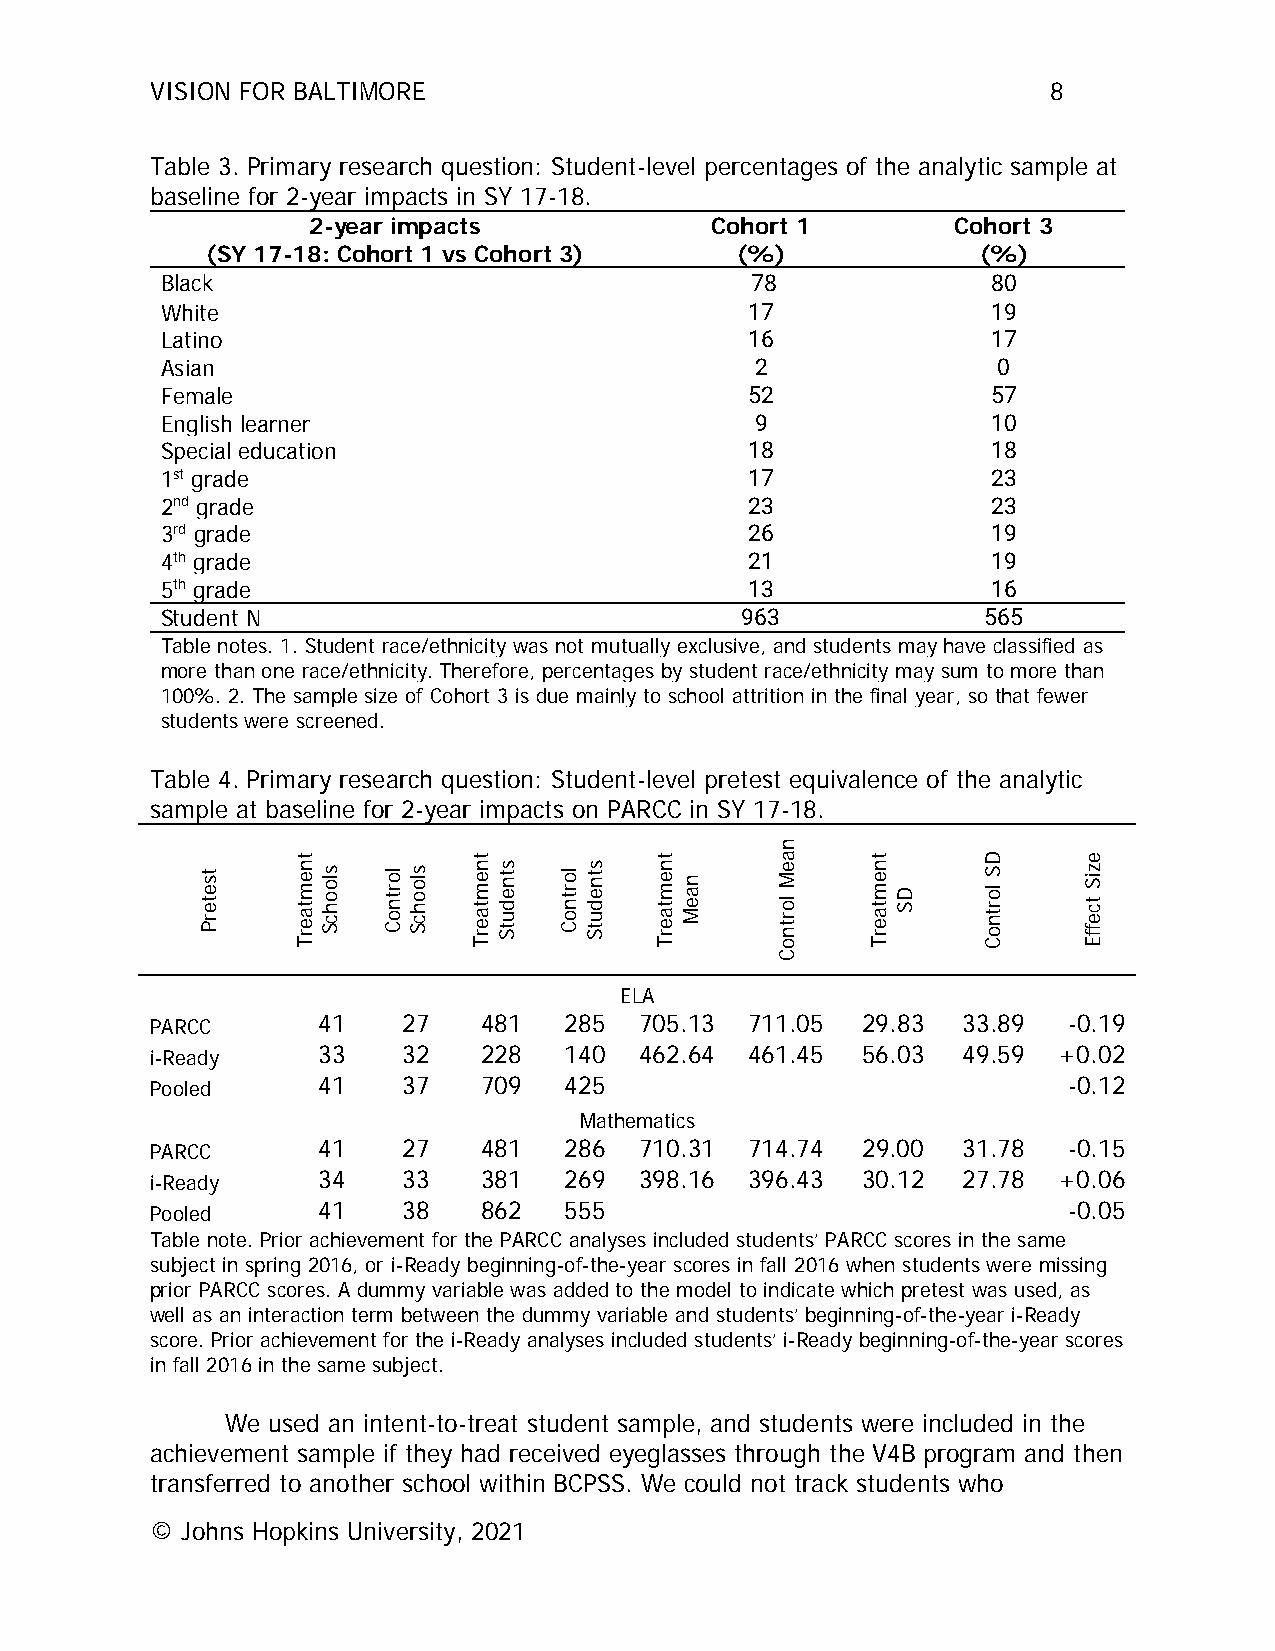
VISION FOR BALTIMORE                                        8
 Table 3. Primary research question: Student-level percentages of the analytic sample at
 baseline for 2-year impacts in SY 17-18.
 2-year impacts             Cohort 1        Cohort 3
 (SY 17-18: Cohort 1 vs Cohort 3)   (%)             (%)
 Black                                  78              80
 White                                  17              19
 Latino                                 16              17
 Asian                                  2               0
 Female                                 52              57
 English learner                        9               10
 Special education                      18              18
 1st grade                              17              23
 2nd grade                              23              23
 3rd grade                              26              19
 4th grade                              21              19
 5th grade                              13              16
 Student N                             963             565
 Table notes. 1. Student race/ethnicity was not mutually exclusive, and students may have classified as
 more than one race/ethnicity. Therefore, percentages by student race/ethnicity may sum to more than
 100%. 2. The sample size of Cohort 3 is due mainly to school attrition in the final year, so that fewer
 students were screened.
 Table 4. Primary research question: Student-level pretest equivalence of the analytic
 sample at baseline for 2-year impacts on PARCC in SY 17-18.
 ELA
 PARCC      41    27   481  285  705.13  711.05 29.83  33.89  -0.19
 i-Ready    33    32   228  140  462.64  461.45 56.03  49.59 +0.02
 Pooled     41    37   709  425                               -0.12
 Mathematics
 PARCC      41    27   481  286  710.31  714.74 29.00  31.78  -0.15
 i-Ready    34    33   381  269  398.16  396.43 30.12  27.78 +0.06
 Pooled     41    38   862  555                               -0.05
 Table note. Prior achievement for the PARCC analyses included students’ PARCC scores in the same
 subject in spring 2016, or i-Ready beginning-of-the-year scores in fall 2016 when students were missing
 prior PARCC scores. A dummy variable was added to the model to indicate which pretest was used, as
 well as an interaction term between the dummy variable and students’ beginning-of-the-year i-Ready
 score. Prior achievement for the i-Ready analyses included students’ i-Ready beginning-of-the-year scores
 in fall 2016 in the same subject.
 We used an intent-to-treat student sample, and students were included in the
 achievement sample if they had received eyeglasses through the V4B program and then
 transferred to another school within BCPSS. We could not track students who
 © Johns Hopkins University, 2021
 tseterP
 tnemtaerT
 sloohcS lortnoC sloohcS
 tnemtaerT
 stnedutS lortnoC stnedutS
 tnemtaerT
 naeM
 naeM
 lortnoC
 tnemtaerT
 DS
 DS
 lortnoC
 eziS
 tceffE